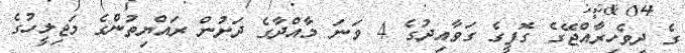
ގެ ދިވެހިރާއްޖޭގެ ގޮފީގެ ގަވާއިދުގެ 4 ވަނަ މާއްދާގެ ދަށުން ރައްޔިތުންގެ މަޖިލީހުގެ